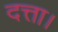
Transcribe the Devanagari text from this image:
दत्ता।